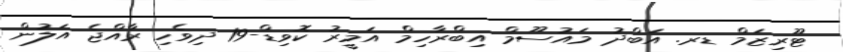
ޓޫރިޒަމް ޑރ. އަބްދު މައުސޫމް އިބްރާހިމް އަމީރު ކޮވިޑް-19 ދިވެހި ރާއްޖެ އަލުން